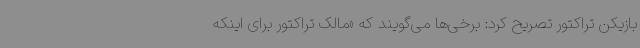
بازیکن تراکتور تصریح کرد: برخی‌ها می‌گویند که «مالک تراکتور برای اینکه